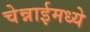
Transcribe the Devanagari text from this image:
चेन्नाईमध्ये